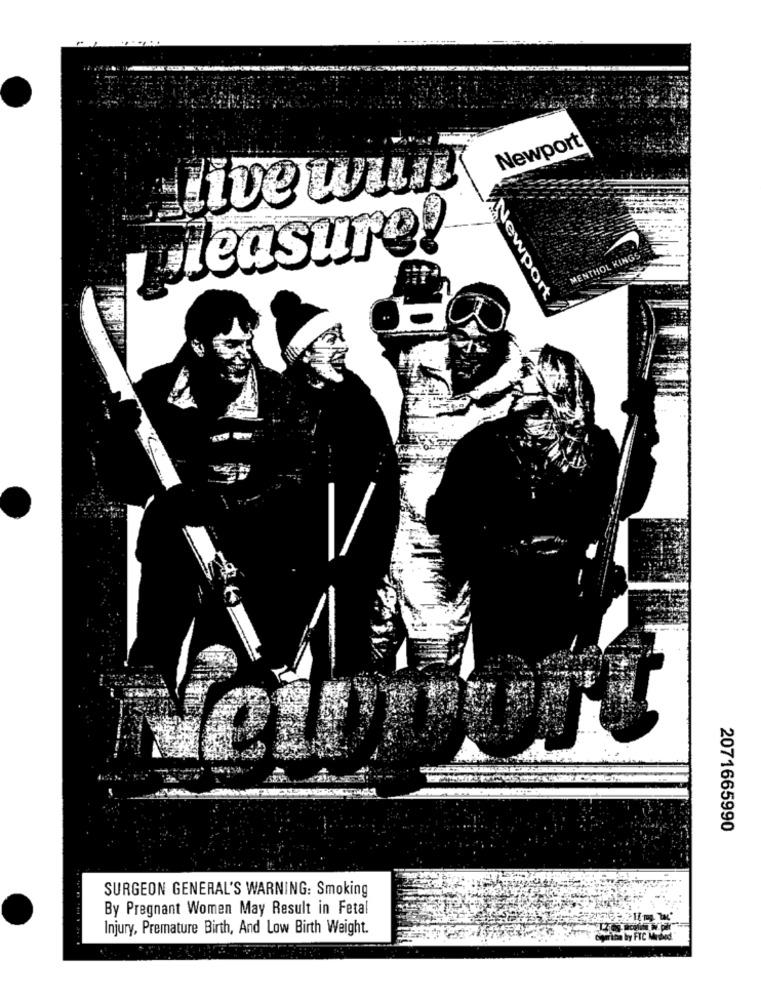
Newport
Ne
pleasure!
MENTHOL KINGS
sport
2071665990
SURGEON GENERAL'S WARNING: Smoking
By Pregnant Women May Result in Fetal
Injury, Premature Birth, And Low Birth Weight.
by FTC Minded